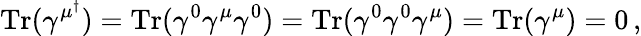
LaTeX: \mathrm{Tr}(\gamma^{\mu^{\dagger}})=\mathrm{Tr}(\gamma^{0}\gamma^{\mu}\gamma^{0})=\mathrm{Tr}(\gamma^{0}\gamma^{0}\gamma^{\mu})=\mathrm{Tr}(\gamma^{\mu})=0\, ,